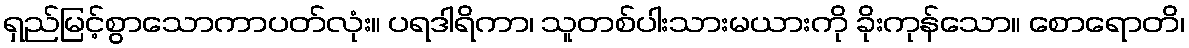
ရှည်မြင့်စွာသောကာပတ်လုံး။ ပရဒါရိကာ၊ သူတစ်ပါးသားမယားကို ခိုးကုန်သော။ စောရောတိ၊